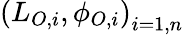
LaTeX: \left(L_{O,i},\phi_{O,i}\right)_{i=1,n}